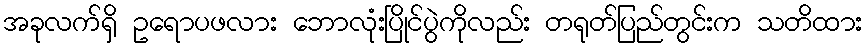
အခုလက်ရှိ ဥရောပဖလား ဘောလုံးပြိုင်ပွဲကိုလည်း တရုတ်ပြည်တွင်းက သတိထား